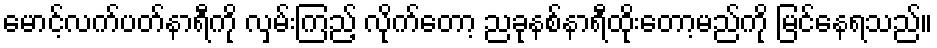
မောင့်လက်ပတ်နာရီကို လှမ်းကြည့် လိုက်တော့ ညခုနစ်နာရီထိုးတော့မည်ကို မြင်နေရသည်။